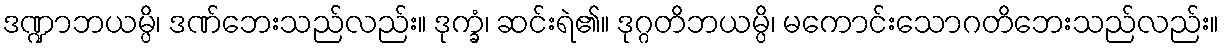
ဒဏ္ဍာဘယမ္ပိ၊ ဒဏ်ဘေးသည်လည်း။ ဒုက္ခံ၊ ဆင်းရဲ၏။ ဒုဂ္ဂတိဘယမ္ပိ၊ မကောင်းသောဂတိဘေးသည်လည်း။